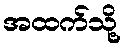
အထက်သို့